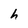
Character: h